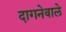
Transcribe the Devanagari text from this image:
दागनेवाले